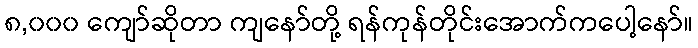
၈,၀၀၀ ကျော်ဆိုတာ ကျနော်တို့ ရန်ကုန်တိုင်းအောက်ကပေါ့နော်။